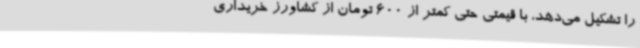
را تشکیل می‌دهد، با قیمتی حتی کمتر از 600 تومان از کشاورز خریداری